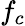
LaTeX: f_{c}